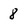
Character: 8